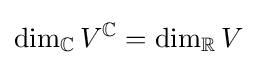
\dim _{\mathbb {C} }V^{\mathbb {C} }=\dim _{\mathbb {R} }V